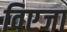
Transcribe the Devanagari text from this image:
विएजा